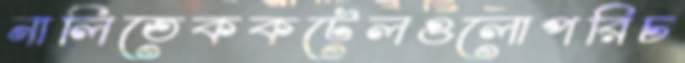
নালিতেককটেলগুলোপরিচ